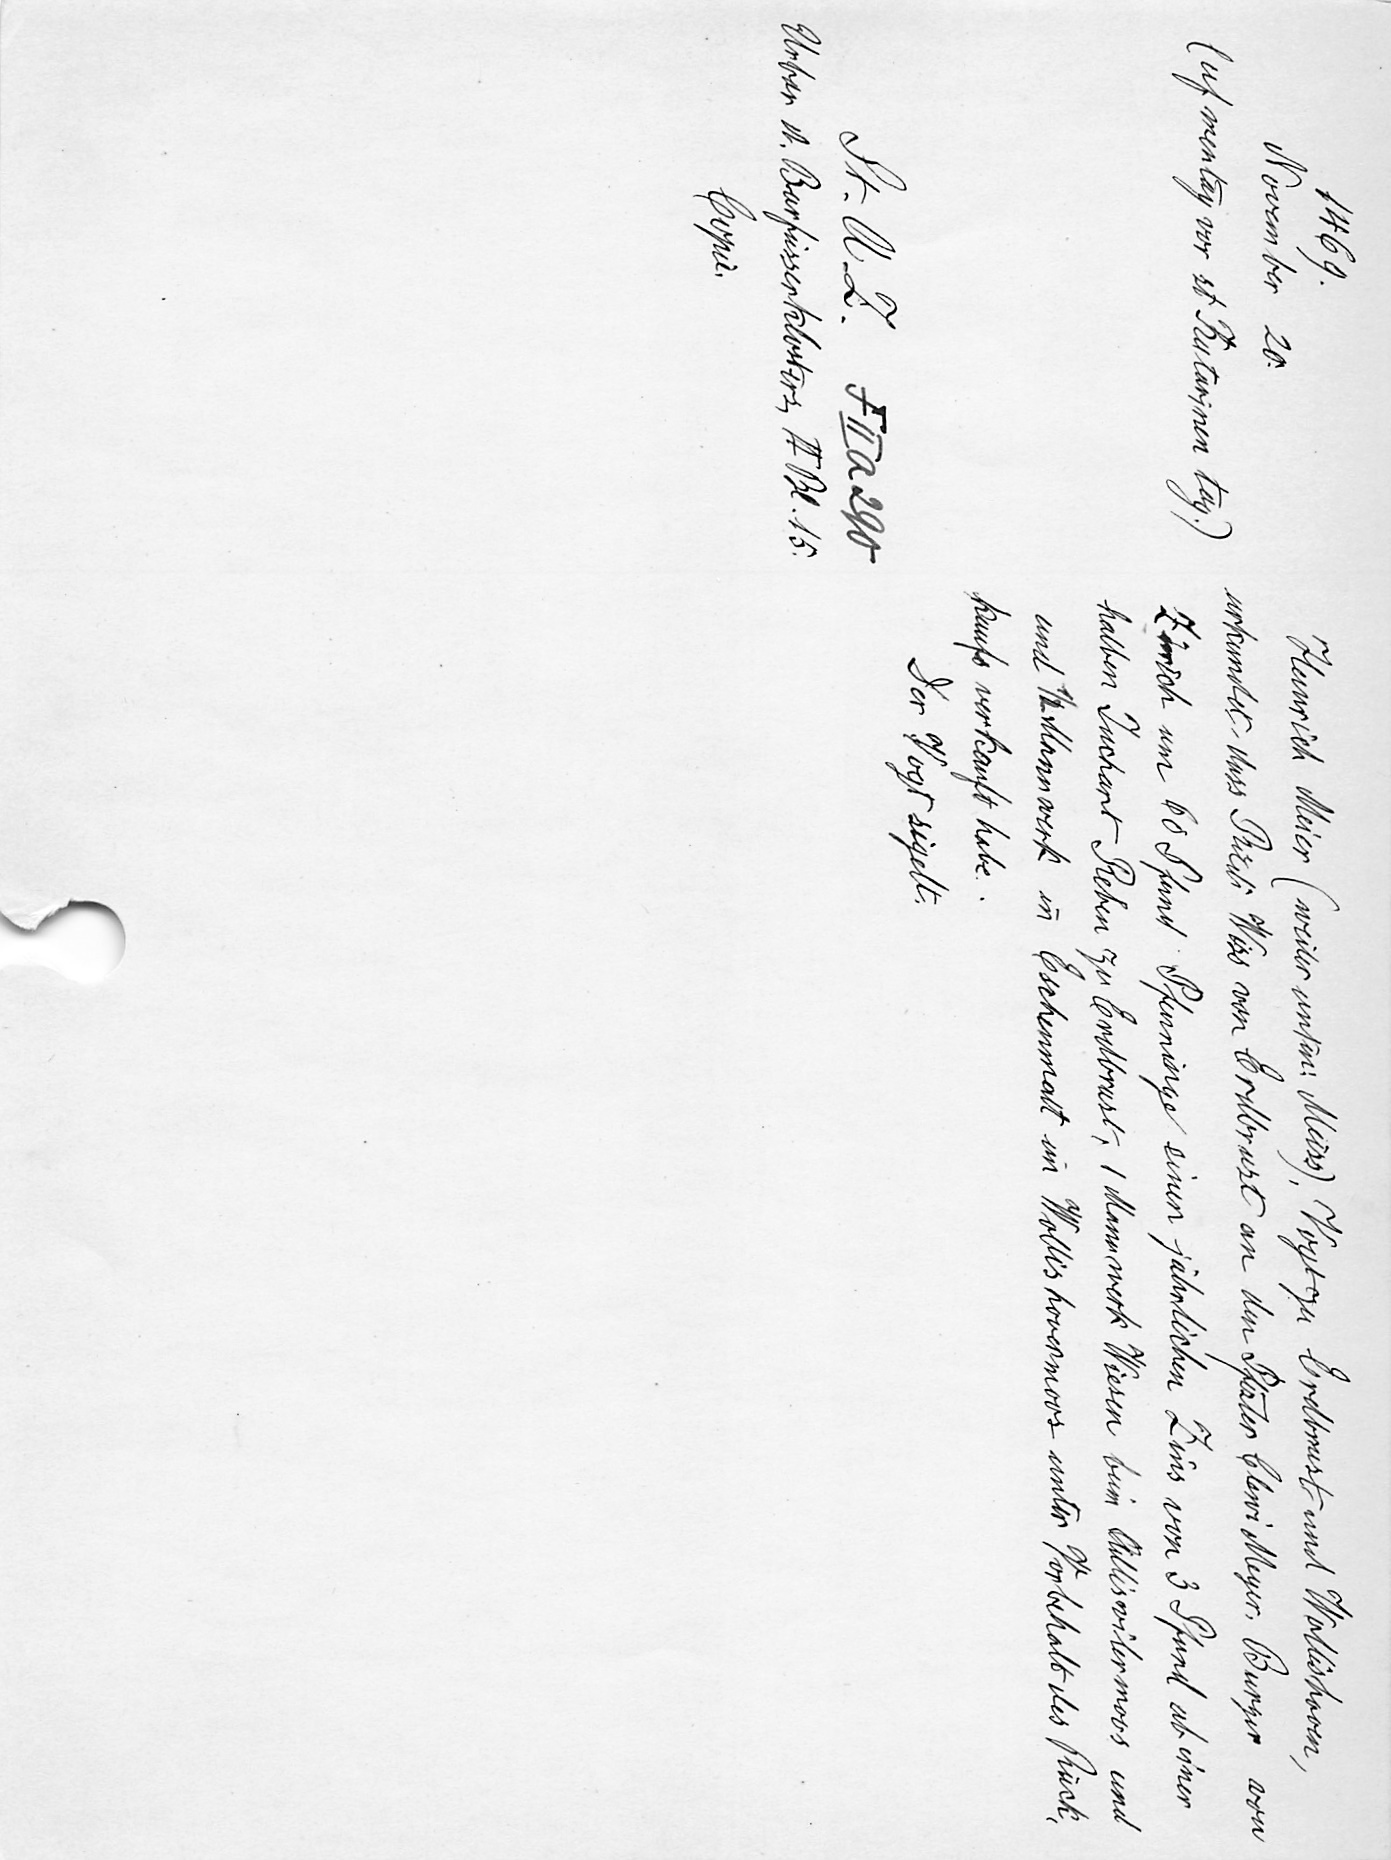
Heinrich Meier (weiter unten: Meiss) Vogt zu Erdbrust und Wollishoven,
urkundet, dass Ruͤdi Wiss von Erdbrust an den Pfister Clewi Meyer, Burger von
Zürich um 60 Pfund Pfenninge einen jährlichen Zins von 3 Pfund ab einer
halben Juchart Reben zu Erdbrust, 1 Mannwerk Wiesen beim Adliswilermoos und
und 1/2 Mannwerk in Eschenmatt im Wollishovermoos unter Vorbehalt des Rück¬
kaufs verkauft habe.
Der Vogt sigelt.

1469.
November 20.
(uf mentag vor st Katarinen tag.)
St. A. Z. F II a 290
Urbar d. Barfüsserklosters, II Bl. 15.
Copie.